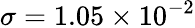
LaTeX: \sigma=1.05\times{10^{-2}}